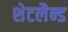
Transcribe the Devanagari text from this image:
शेटलैन्ड